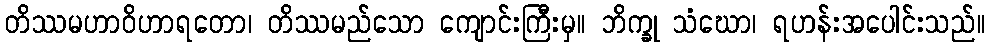
တိဿမဟာဝိဟာရတော၊ တိဿမည်သော ကျောင်းကြီးမှ။ ဘိက္ခု သံဃော၊ ရဟန်းအပေါင်းသည်။